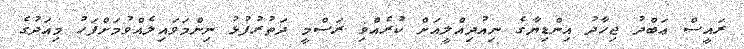
ރައީސް ޢަބްދު ޖިހާދު އިންޑިޔާގެ ނިއުދިއްލީއަށް ކުރެއްވި ރަސްމީ ދަތުރުފުޅު ނިންމަވައިލެއްވުމަށްފަހު މިއަދުގެ